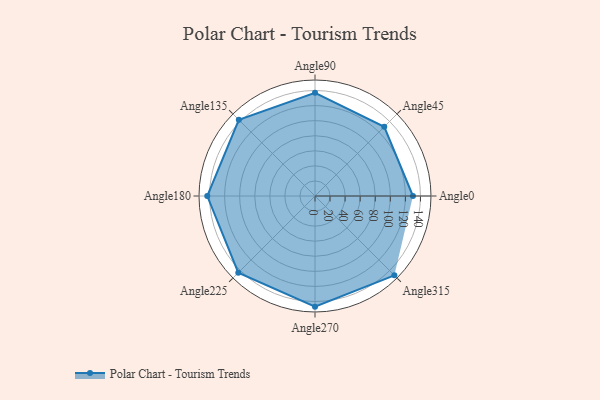
{"axis": {"x": "Angle", "y": "Radius"}, "legend": [""], "data": [{"x": "Angle0", "y": 130.0, "type": ""}, {"x": "Angle45", "y": 130.0, "type": ""}, {"x": "Angle90", "y": 137.0, "type": ""}, {"x": "Angle135", "y": 143.0, "type": ""}, {"x": "Angle180", "y": 143.0, "type": ""}, {"x": "Angle225", "y": 144.0, "type": ""}, {"x": "Angle270", "y": 147.0, "type": ""}, {"x": "Angle315", "y": 149.0, "type": ""}]}